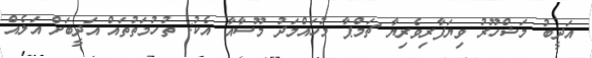
އަދީބު މަޝްހޫރު ވިޔަފާރިވެރިޔާ ޗަމްޕާ މުހައްމަދު މޫސާއާ އެކު: ތުހުމަތުތައް އަދީބަށް އަލެއް